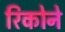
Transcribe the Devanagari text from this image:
रिकोने